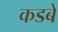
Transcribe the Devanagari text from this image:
कडबे